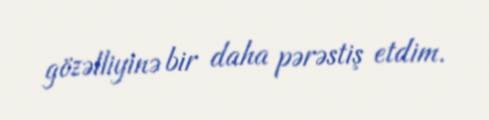
gözəlliyinə bir daha pərəstiş etdim.